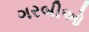
ગરબીઓ